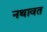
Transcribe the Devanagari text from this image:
नथावत